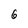
Character: 6